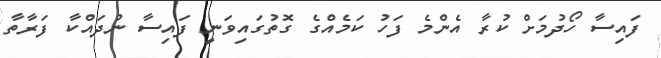
ފައިސާ ހޯދުމަށް ކުރާ އެންމެ ފަހު ކަމެއްގެ ގޮތުގައިވަނީ ފައިސާ ނުދައްކާ ފަރާތާ